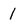
Character: 1